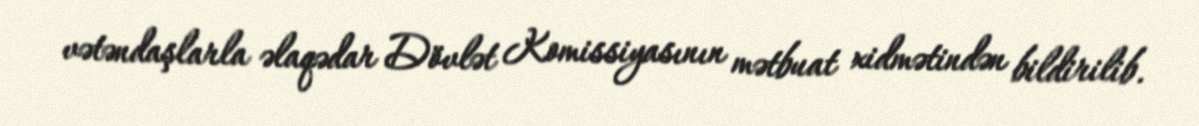
vətəndaşlarla əlaqədar Dövlət Komissiyasının mətbuat xidmətindən bildirilib.